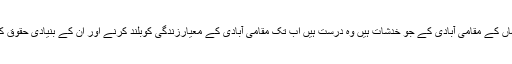
انہوں نے کہا کہ گوادر کے بارے میں ہمارے اور یہاں کے مقامی آبادی کے جو خدشات ہیں وہ درست ہیں اب تک مقامی آبادی کے معیارزندگی کوبلند کرنے اور ان کے بنیادی حقوق کے تحفظ کے لیئے لیعت و لعل سے کام لیا جارہا ہے۔